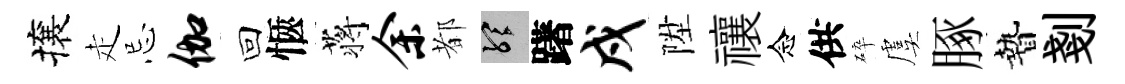
攘走忌伽回愜蒋余都聽躇戍陞禳念供碎虞䐁贄剗